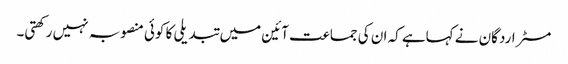
مسٹر اردگان نے کہاہے کہ ان کی جماعت آئین میں تبدیلی کا کوئی منصوبہ نہیں رکھتی۔